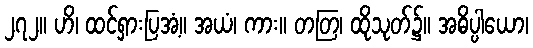
၂၇၂။ ဟိ၊ ထင်ရှားပြအံ့။ အယံ၊ ကား။ တတြ၊ ထိုသုတ်၌။ အဓိပ္ပါယော၊